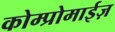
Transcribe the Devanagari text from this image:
कोम्प्रोमाईज़